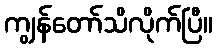
ကျွန်တော်သိလိုက်ပြီ။